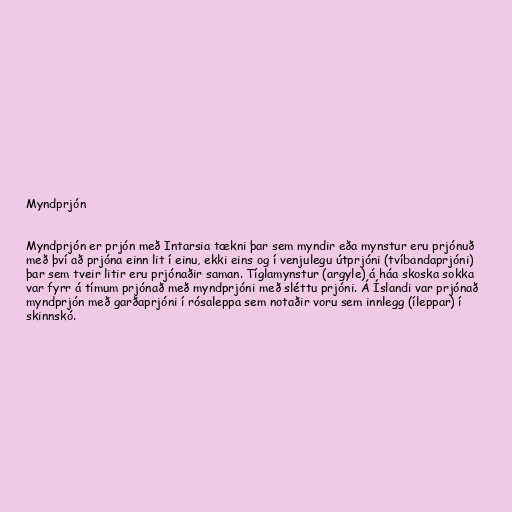
Myndprjón

Myndprjón er prjón með Intarsia tækni þar sem myndir eða mynstur eru prjónuð
með því að prjóna einn lit í einu, ekki eins og í venjulegu útprjóni (tvíbandaprjóni)
þar sem tveir litir eru prjónaðir saman. Tíglamynstur (argyle) á háa skoska sokka
var fyrr á tímum prjónað með myndprjóni með sléttu prjóni. Á Íslandi var prjónað
myndprjón með garðaprjóni í rósaleppa sem notaðir voru sem innlegg (íleppar) í
skinnskó.